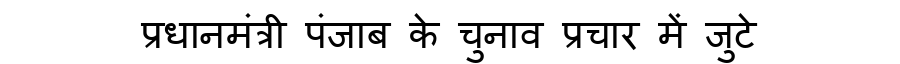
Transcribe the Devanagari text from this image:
प्रधानमंत्री पंजाब के चुनाव प्रचार में जुटे